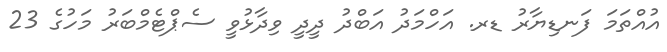
އުއްތަމަ ފަނޑިޔާރު ޑރ. އަހްމަދު އަބްދު ދީދީ ވިދާޅުވީ ސެޕްޓެމްބަރު މަހުގެ 23